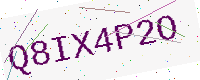
Text: Q8IX4P2O